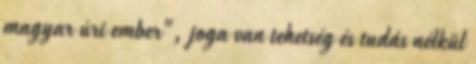
magyar úri ember", joga van tehetség és tudás nélkül